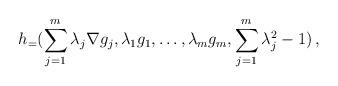
LaTeX: \begin{align*}h_=(\sum_{j=1}^m \lambda_j \nabla g_j, \lambda_1 g_1,\dots,\lambda_m g_m,\sum_{j=1}^m\lambda_j^2-1)\,,\end{align*}